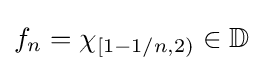
f_{n}=\chi _{[1-1/n,2)}\in \mathbb {D}